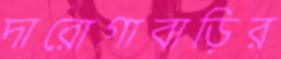
দারোগাবাড়ির